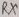
Text: RX